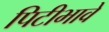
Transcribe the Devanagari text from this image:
पिटीभावे